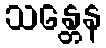
သန္တေန